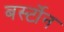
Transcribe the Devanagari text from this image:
बर्स्टोन